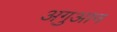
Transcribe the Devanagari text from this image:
अगुआन